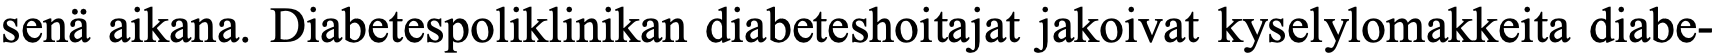
senä aikana. Diabetespoliklinikan diabeteshoitajat jakoivat kyselylomakkeita diabe-